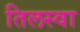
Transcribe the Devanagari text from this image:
तिलस्वा